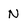
Character: N